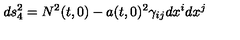
d s _ { 4 } ^ { 2 } = N ^ { 2 } ( t , 0 ) - a ( t , 0 ) ^ { 2 } \gamma _ { i j } d x ^ { i } d x ^ { j }